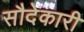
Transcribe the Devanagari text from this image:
सौदेकारी